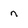
Character: n